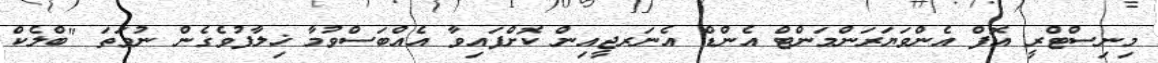
މިނިސްޓްރީ އޮފް އެންވަޔަރަންމަންޓް އެންޑް އެނަރޖީއިން ކޮށްފައިވާ އެއްބަސްވުމާ ޚިލާފުވެގެން ނުވަތަ "ބްލެކް